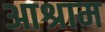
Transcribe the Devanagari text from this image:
आश्राम